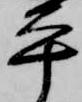
平